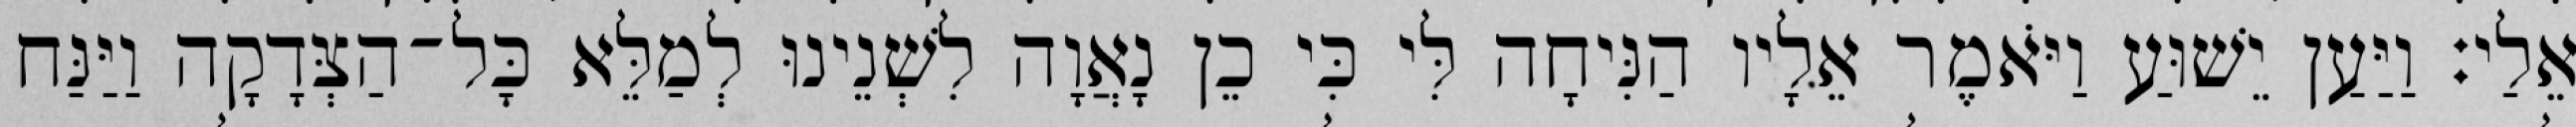
אֵלַי׃ וַיַּעַן יֵשׁוּעַ וַיֹּאמֶר אֵלָיו הַנִּיחָה לִּי כִּי כֵן נָאֲוָה לִשְׁנֵינוּ לְמַלֵּא כָּל־הַצְּדָקָה וַיַּנַּח